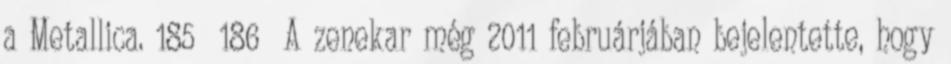
a Metallica. 185 186 A zenekar még 2011 februárjában bejelentette, hogy